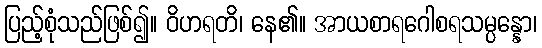
ပြည့်စုံသည်ဖြစ်၍။ ဝိဟရတိ၊ နေ၏။ အာယစာရဂေါစရသမ္ပန္နော၊